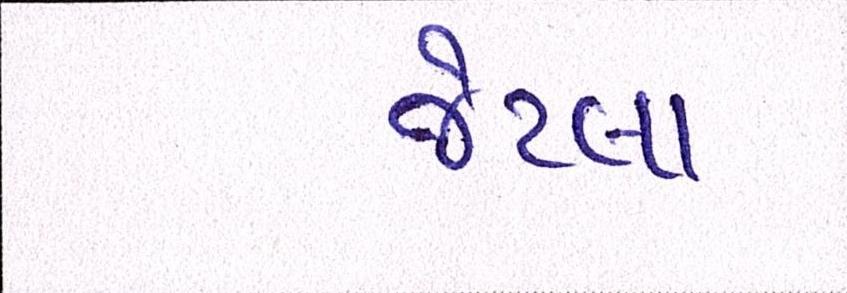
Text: જેટલા